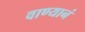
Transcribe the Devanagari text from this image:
वाण्यानं